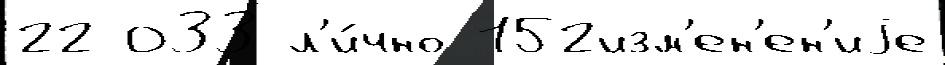
22 033 л'и́чно 152изм'ен'ен'иjе